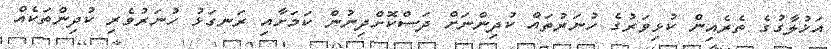
އަޚުލާގުގެ ތެރެއިން ކުޅިވަރުގެ ހުނަރުތައް ކުދިންނަށް ދަސްކޮށްދިނުން ކަމަށާއި ރަނގަޅު ހުނަރުވެރި ކުދިންތަކެއް